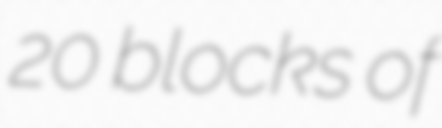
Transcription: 20 blocks of